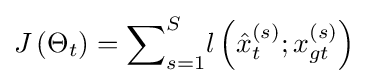
J\left({\mathrm {\Theta } }_{t}\right)={\sum }_{s=1}^{S}l\left({\hat {x}}_{t}^{\left(s\right)};{x}_{gt}^{\left(s\right)}\right)